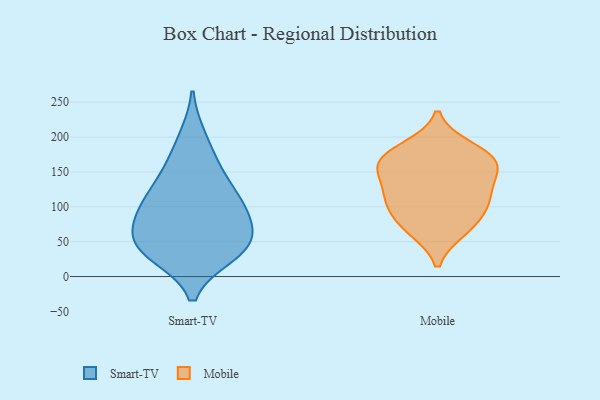
{"axis": {"x": "Tickets Resolved", "y": "Value"}, "legend": ["Mobile", "Smart-TV"], "data": [{"x": "", "y": 47, "type": "Smart-TV"}, {"x": "", "y": 34, "type": "Smart-TV"}, {"x": "", "y": 32, "type": "Smart-TV"}, {"x": "", "y": 106, "type": "Smart-TV"}, {"x": "", "y": 157, "type": "Smart-TV"}, {"x": "", "y": 41, "type": "Smart-TV"}, {"x": "", "y": 102, "type": "Smart-TV"}, {"x": "", "y": 93, "type": "Smart-TV"}, {"x": "", "y": 146, "type": "Smart-TV"}, {"x": "", "y": 104, "type": "Smart-TV"}, {"x": "", "y": 61, "type": "Smart-TV"}, {"x": "", "y": 199, "type": "Smart-TV"}, {"x": "", "y": 58, "type": "Smart-TV"}, {"x": "", "y": 102, "type": "Mobile"}, {"x": "", "y": 179, "type": "Mobile"}, {"x": "", "y": 165, "type": "Mobile"}, {"x": "", "y": 130, "type": "Mobile"}, {"x": "", "y": 115, "type": "Mobile"}, {"x": "", "y": 161, "type": "Mobile"}, {"x": "", "y": 68, "type": "Mobile"}, {"x": "", "y": 154, "type": "Mobile"}, {"x": "", "y": 158, "type": "Mobile"}, {"x": "", "y": 89, "type": "Mobile"}, {"x": "", "y": 66, "type": "Mobile"}, {"x": "", "y": 185, "type": "Mobile"}, {"x": "", "y": 113, "type": "Mobile"}]}